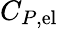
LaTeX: C_{P,\mathrm{{el}}}